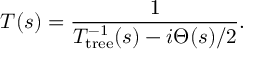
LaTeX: T ( s ) = { \frac { 1 } { T _ { \mathrm { t r e e } } ^ { - 1 } ( s ) - i \Theta ( s ) / 2 } } .